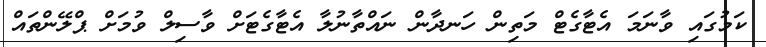
ކަމުގައި ވާނަމަ އެޓާގެޓް މަތިން ހަނދާން ނައްތާނުލާ އެޓާގެޓަށް ވާސިލް ވުމަށް ޕްލޭންތައް